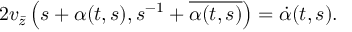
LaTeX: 2 v _ { \bar { z } } \left( s + \alpha ( t , s ) , s ^ { - 1 } + \overline { { { \alpha ( t , s ) } } } \right) = \dot { \alpha } ( t , s ) .